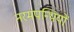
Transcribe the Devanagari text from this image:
नरमपन्थियों